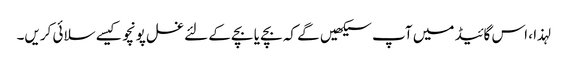
لہذا ، اس گائیڈ میں آپ سیکھیں گے کہ بچے یا بچے کے لئے غسل پونچو کیسے سلائی کریں۔